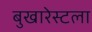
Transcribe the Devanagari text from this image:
बुखारेस्टला